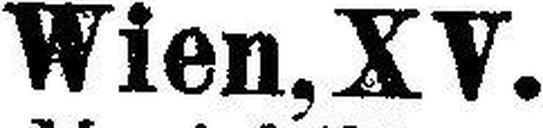
Wien, XV.